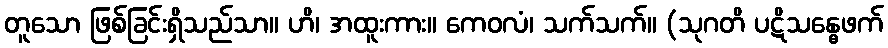
တူသော ဖြစ်ခြင်းရှိသည်သာ။ ဟိ၊ အထူးကား။ ကေဝလံ၊ သက်သက်။ (သုဂတိ ပဋိသန္ဓေဖက်